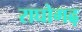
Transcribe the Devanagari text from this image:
राघोगढ़